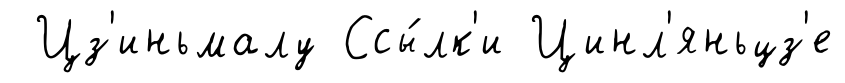
Цз'иньмалу Ссы́лк'и Цинл'яньцз'е